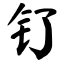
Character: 钌